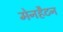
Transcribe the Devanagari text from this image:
मेनहैटन